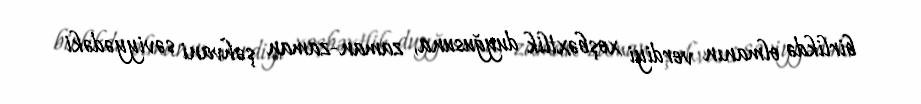
birlikdə olmanın verdiyi xoşbəxtlik duyğusuna, zaman-zaman şəhvani səviyyədəki